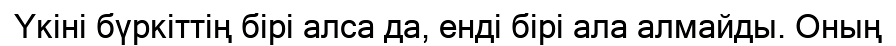
Үкіні бүркіттің бірі алса да, енді бірі ала алмайды. Оның